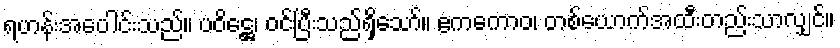
ရဟန်းအပေါင်းသည်။ ပဝိဋ္ဌေ၊ ဝင်ပြီးသည်ရှိသော်။ ဧကကောဝ၊ တစ်ယောက်အထီးတည်းသာလျှင်။